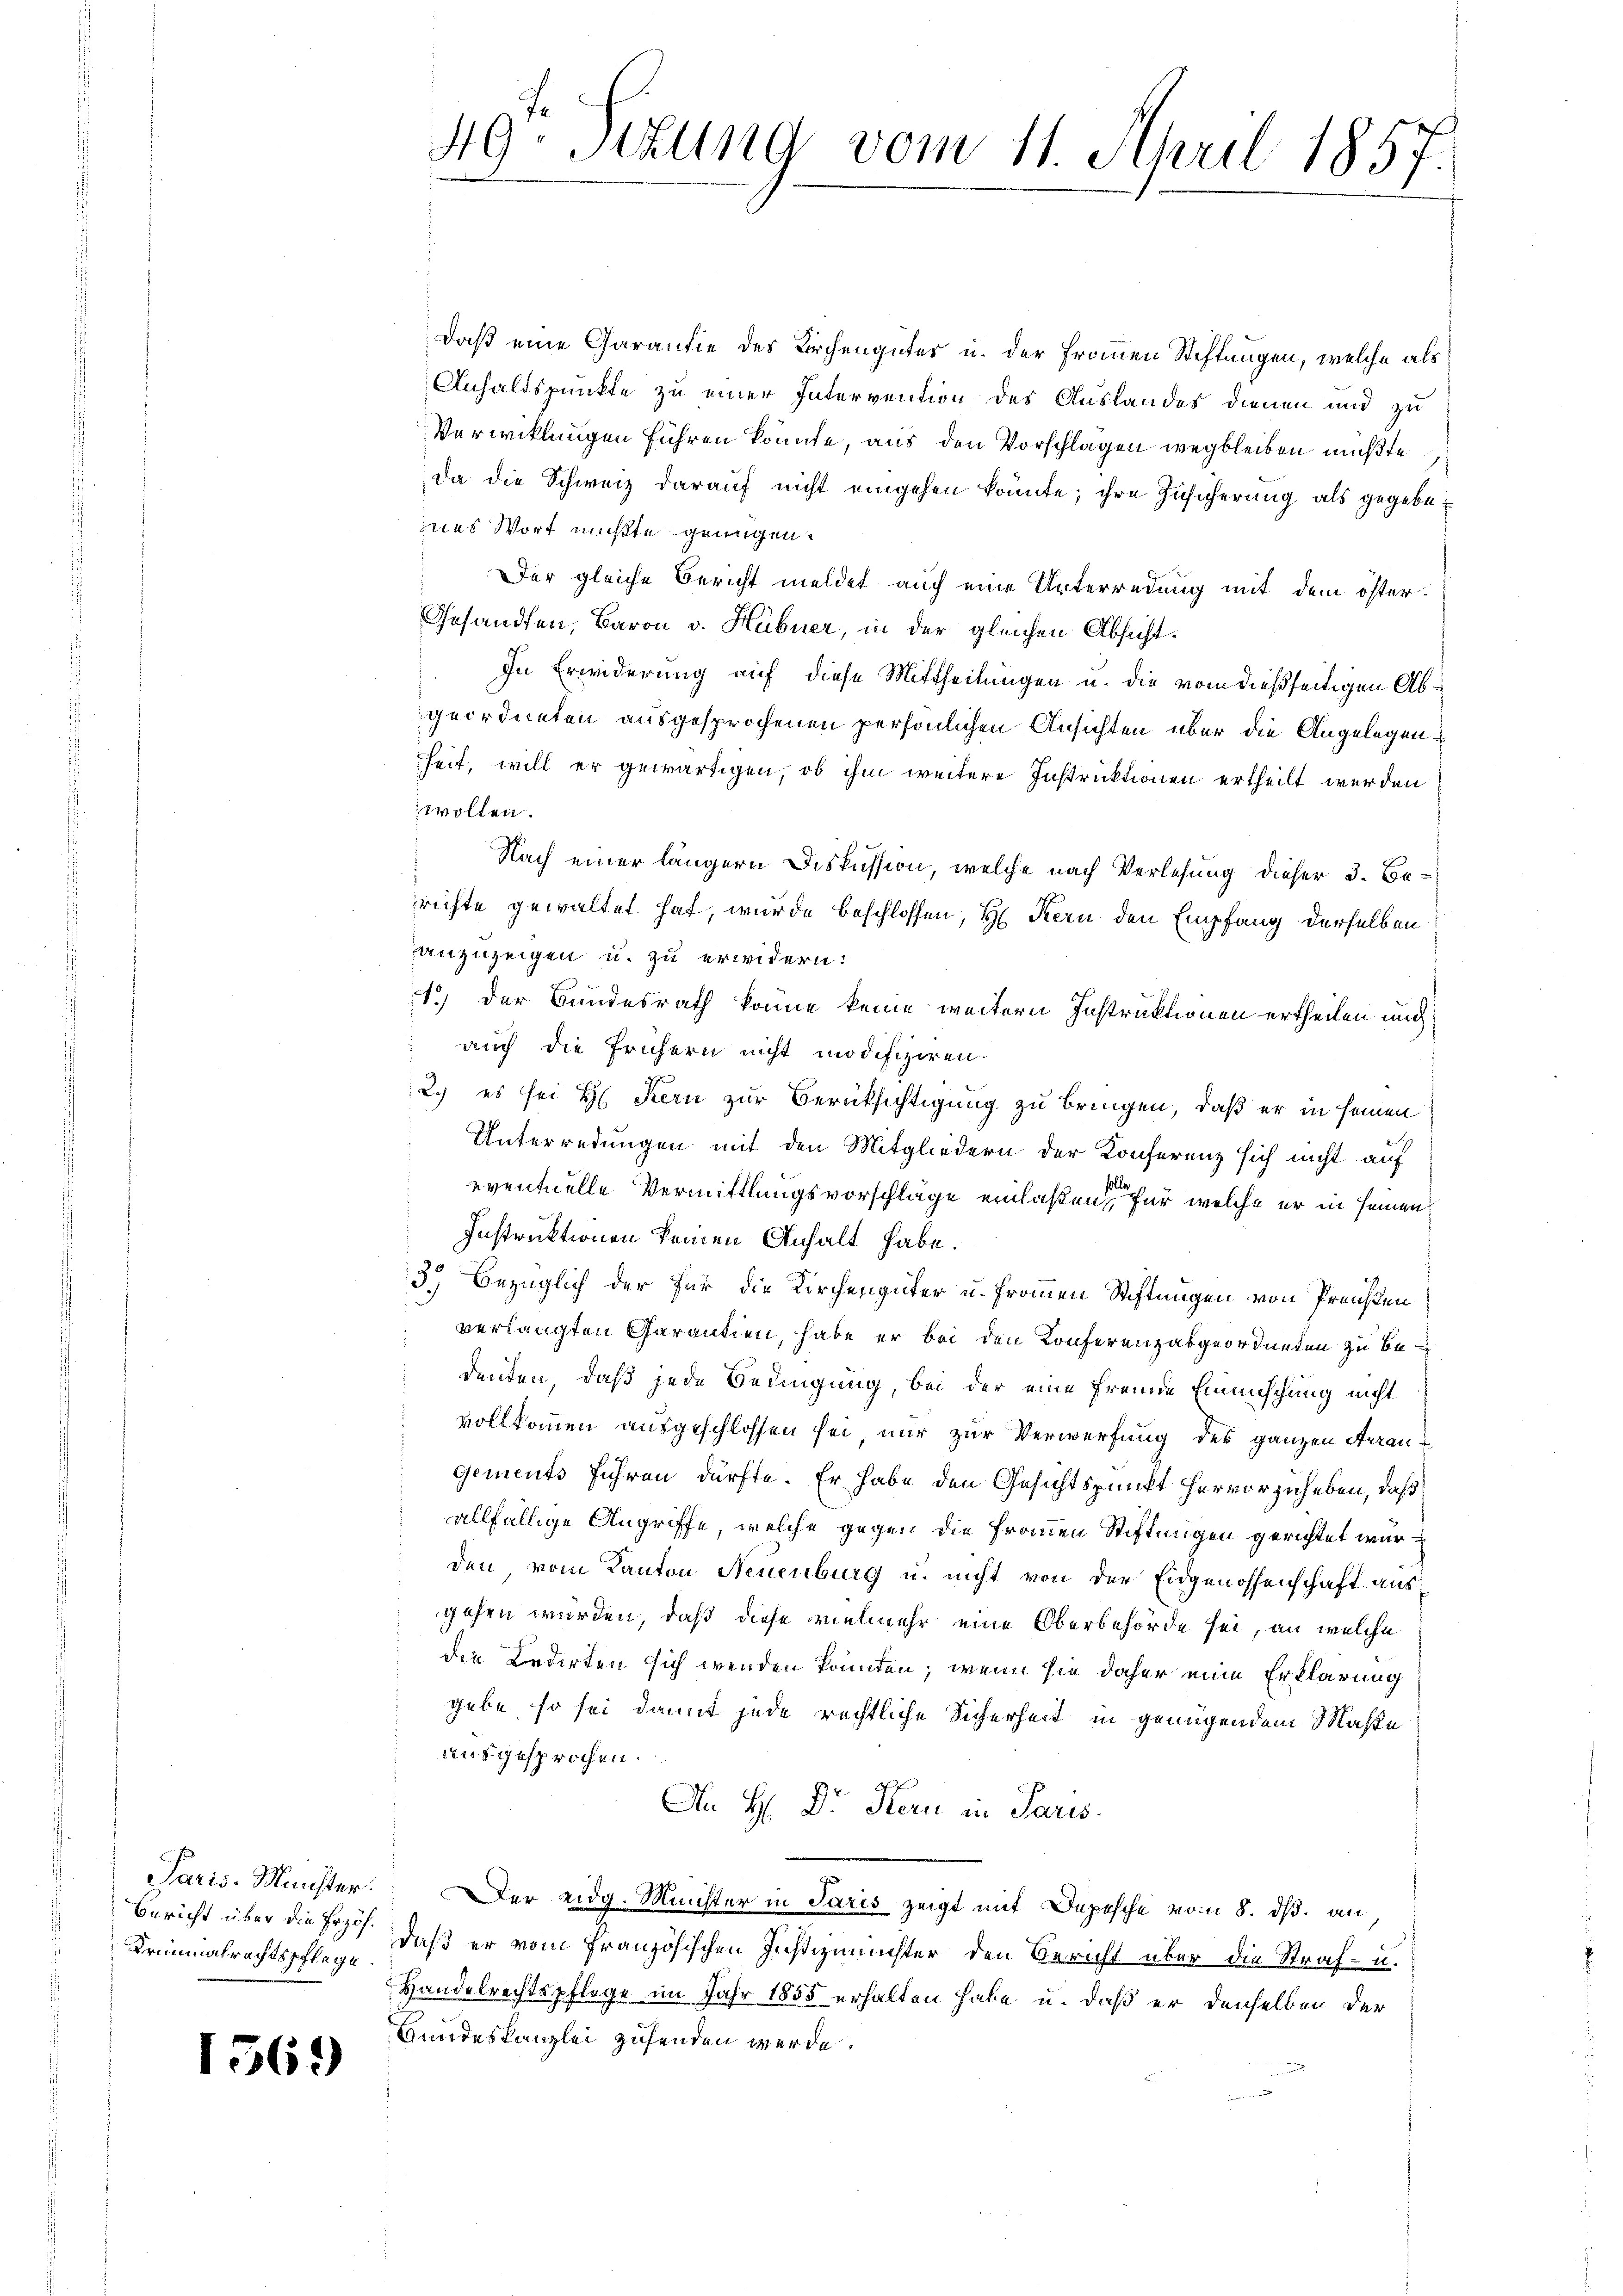
Kriminalrechtspflege

1569

49. Sitzung vom 11. April 1857.

daß eine Garantie des Kirchengutes u. der Frommen Steffangen, welche als
Anhaltspunkte zu einer Intervention des Auslandes dienen und zu
Verwicklungen führen könnte, aus den Vorschlagen wegbleiben müßte.
da die Schweiz darauf nicht eingehen könnte; ihre Zusicherung als gegebenas Wort michtte grungen.
Der gleiche Bericht meldet auch eine Unterredung mit dem öster¬
Gesandten, Baron v. Hübner, in der gleichen Absicht.
In Erwiderung auf diese Mittheilungen u. die vom dießseitigen Abgeordneten ausgesprochenen persönlichen Ansichten über die Angelegen
heit, will er gewärtigen, ob ihm weitere Instruktionen ertheilt werden
wollen.
Nach einer längern Diskussion, welche nach Verlesung dieser 3. Berichte gewaltet hat, wurde beschlossen, H. Kern den Empfang derselben
anzuzeigen u. zu erwidern.
1) der Bundesrath könne keine weitern Instruktionen ertheilen und
auch die frühern nicht modifiziren.
2.) es sei H. Kern zur Berücksichtigung zu bringen, daß er in seinen
Unterredungen mit den Mitgliedern der Konferenz sich nicht auf
eventuelle Vermittlungsvorschläge einlaßen, für welche er in seinen
Instruktionen keinen Anhalt habe.
3.) Bezüglich der für die Kirchengüter u. frommen Stiftungen von Preußen
verlangten Garantien, habe er bei den Konferenzabgeordneten zu bedenten, daß jede Bedingung, bei der eine fremde Einmischung nicht
vollkommen ausgeschlossen sei nur zur Verwerfung des ganzen Aerangements führen dürfte. Er habe den Gesichtspunkt hervorzuheben, daß
allfällige Angriffe, welche gegen die Frommen Stiftungen gerichtet wurden, vom Kanton Neuenburg u. nicht von der Eidgenossenschaft aus
gehen wurden, daß diese vielmehr eine Oberbehörde sei, an welche
die Ledirten sich wenden könnten; wenn sie daher eine Erklärung
gebe, so sei damit jede rechtliche Sicherheit in genügendem Maße
ausgesprochen.
An H: Dr. Kern in Paris.
Paris-Münster. Der eidg. Minister in Paris zeigt mit Depesche vom 8. dß. an
Bericht über die Erz. daß er vom französischen Justizminister den Bericht über die Straf- u.
Handelrechtspflege im Jahr 1855 erhalten habe u. daß er denselben der
Bundeskanzlei zusenden werde.